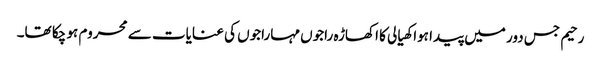
رحیم جس دور میں پیدا ہوا کھیالی کا اکھاڑہ راجوں مہاراجوں کی عنایات سے محروم ہو چکا تھا۔